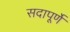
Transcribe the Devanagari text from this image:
सदापूर्णे